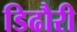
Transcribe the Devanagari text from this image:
डिढौरी